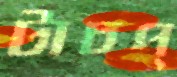
টাচপ্